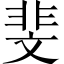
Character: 斐